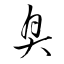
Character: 臭